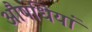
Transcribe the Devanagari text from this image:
औषधियां